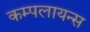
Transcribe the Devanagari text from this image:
कम्पलायन्स